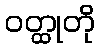
ဝတ္ထုတို